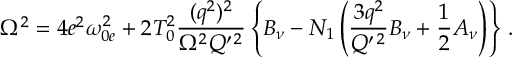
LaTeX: \Omega ^ { 2 } = 4 e ^ { 2 } \omega _ { 0 e } ^ { 2 } + 2 T _ { 0 } ^ { 2 } \frac { ( q ^ { 2 } ) ^ { 2 } } { \Omega ^ { 2 } { \cal Q } ^ { \prime \, 2 } } \left\{ B _ { \nu } - N _ { 1 } \left( \frac { 3 q ^ { 2 } } { { \cal Q } ^ { \prime \, 2 } } B _ { \nu } + \frac { 1 } { 2 } A _ { \nu } \right) \right\} \, .